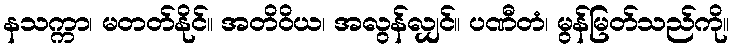
နသက္ကာ၊ မတတ်နိုင်။ အတိဝိယ၊ အလွန်လျှင်။ ပဏီတံ၊ မွန်မြတ်သည်ကို။